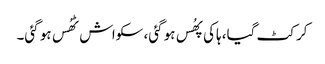
کرکٹ گیا، ہاکی پھُس ہو گئی، سکواش ٹھُس ہو گئی۔